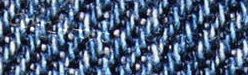
Open24Hours